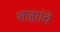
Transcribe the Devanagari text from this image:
शाह्यांचे